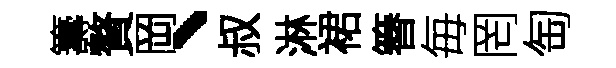
籌贅岡、叔淋裙簮毎罔匋